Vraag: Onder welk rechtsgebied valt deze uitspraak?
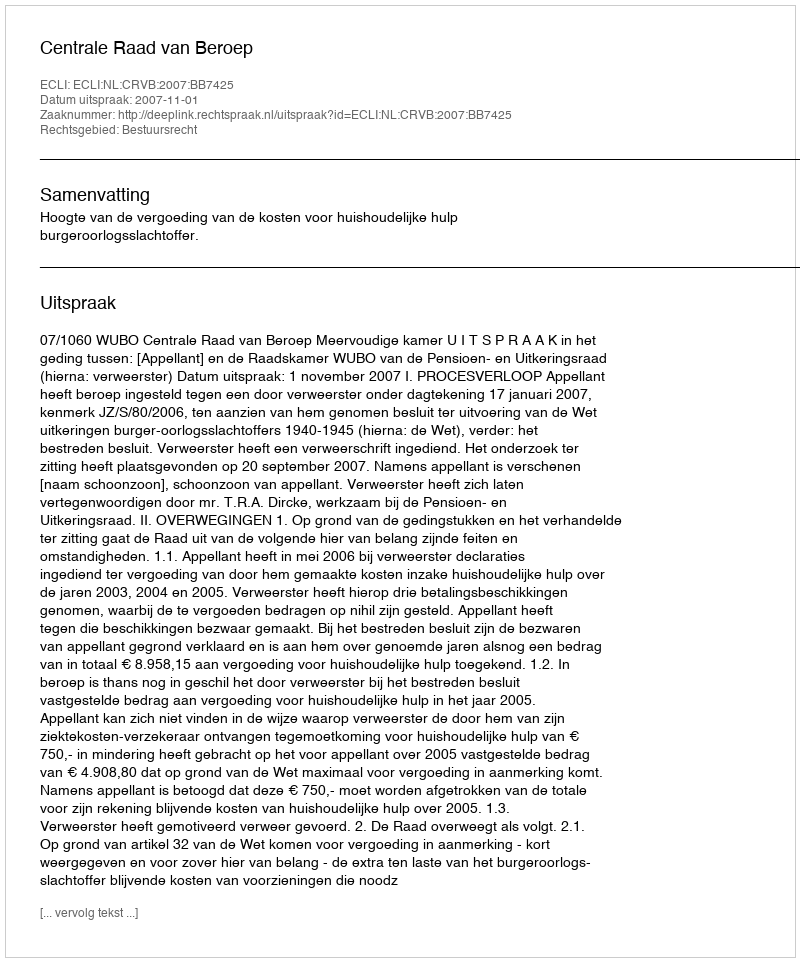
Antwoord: Bestuursrecht